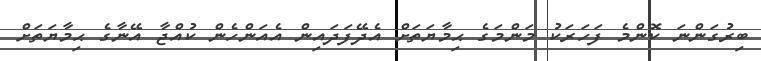
ބިރުގަންނަ ކޮންމެ ފަހަރަކު މަންމަގެ ޙިމާޔަތަށް އެދޭފަދައިން އެއަންހެން ކުއްޖާ އޭނާގެ ޙިމާޔަތަށް